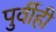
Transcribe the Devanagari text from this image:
पुर्वीही